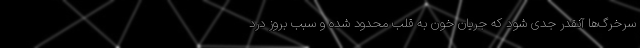
سرخرگ‌ها آنقدر جدی شود که جریان خون به قلب محدود شده و سبب بروز درد